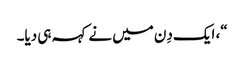
“، ایک دِن میں نے کہہ ہی دیا۔